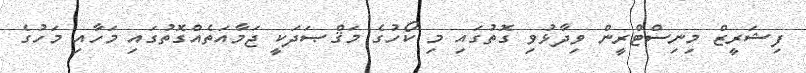
ފިޝަރީޒް މިނިސްޓްރީން ވިދާޅުވި ގޮތުގައި މި ކޯހުގެ މަޤްޞަދަކީ ޖަމާއަތެއްގޮތުގައި މަހާއި މަހުގެ